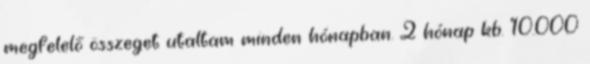
megfelelő összeget utaltam minden hónapban. 2 hónap kb. 10.000